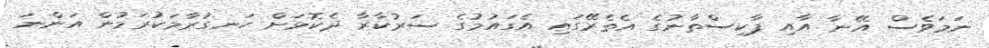
ނަމަވެސް އޭނާ އާއި ޕާކިސްތާނުގެ އެތެރޭގައި އެގައުމުގެ ސަރުކާރާ ދެކޮޅަށް ހަނގުރާމަކުރަމުން އަންނަ